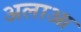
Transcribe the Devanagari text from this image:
अलाआ